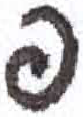
אות: פ